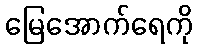
မြေအောက်ရေကို